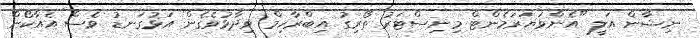
ނިޝާން އަލީ "އެންވަޔަރަމެންޓް މިނިސްޓަރު ތޯރިގު އިބްރާހިމް ވިދާޅުވެގެން އަޅުގަނޑު ވެސް އެއާކޯން